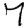
Digit: 7